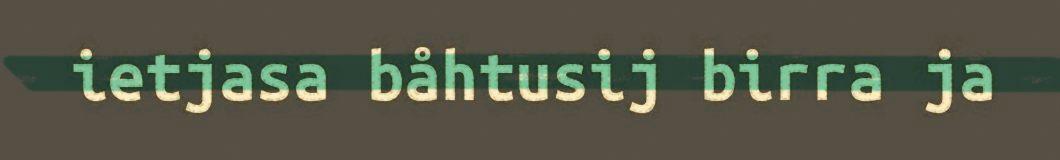
ietjasa båhtusij birra ja